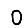
Digit: 0